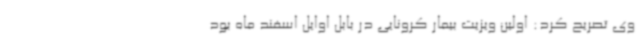
وی تصریح کرد: اولین ویزیت بیمار کرونایی در بابل اوایل اسفند ماه بود